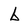
Character: b